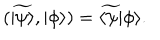
( \widetilde { | \psi \rangle } , | \phi \rangle ) = \widetilde { \langle \psi | } \phi \rangle .